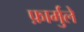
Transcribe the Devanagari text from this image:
फ़ार्मुले